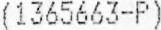
(1365663-P)